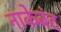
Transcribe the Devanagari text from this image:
नाकेबंद